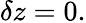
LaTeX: \delta z=0.